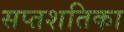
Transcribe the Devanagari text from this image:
सप्तशतिका